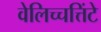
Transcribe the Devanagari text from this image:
वेलिच्चत्तिंटे